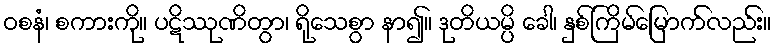
ဝစနံ၊ စကားကို။ ပဋိဿုဏိတွာ၊ ရိုသေစွာ နာ၍။ ဒုတိယမ္ပိ ခေါ၊ နှစ်ကြိမ်မြောက်လည်း။